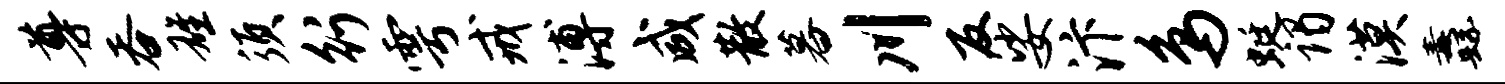
尊吞雄须行雩戒溥咸散暮川反娑汴鸟蜓谒漠纛